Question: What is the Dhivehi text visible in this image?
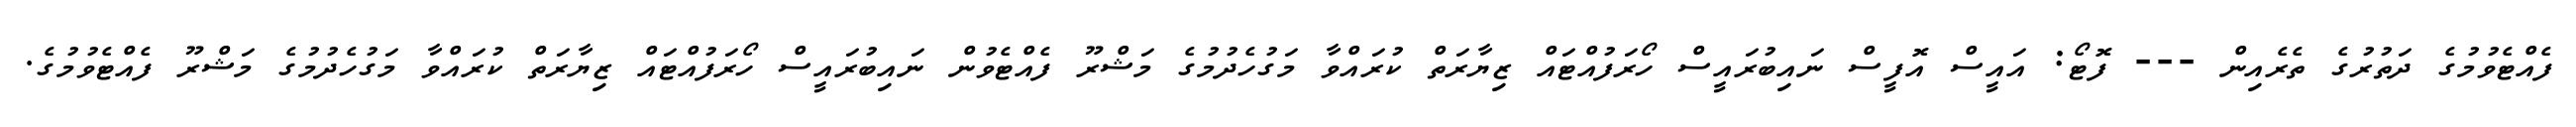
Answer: ފެއްޓެވުމުގެ ދަތުރުގެ ތެރެއިން --- ފޮޓޯ: އައީސް އޮފީސް ނައިބުރައީސް ހޯރަފުއްޓައް ޒިޔާރަތް ކުރައްވާ މަގުހެދުމުގެ މަޝްރޫ ފެއްޓެވުން ނައިބުރައީސް ހޯރަފުއްޓައް ޒިޔާރަތް ކުރައްވާ މަގުހެދުމުގެ މަޝްރޫ ފެއްޓެވުމުގެ.